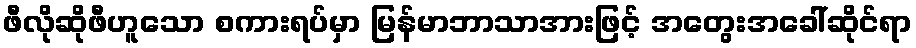
ဖီလိုဆိုဖီဟူသော စကားရပ်မှာ မြန်မာဘာသာအားဖြင့် အတွေးအခေါ်ဆိုင်ရာ